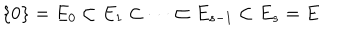
\{ 0 \} = E _ { 0 } \subset E _ { 1 } \subset \cdots \subset E _ { s - 1 } \subset E _ { s } = E